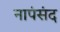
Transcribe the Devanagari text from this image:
नापंसंद